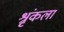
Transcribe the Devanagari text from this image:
श्रृंकला